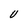
Character: U